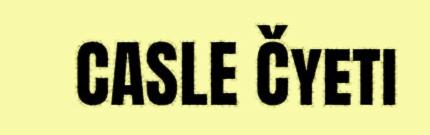
CASLE Čyeti